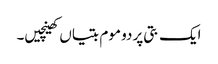
ایک بتی پر دو موم بتیاں کھینچیں۔